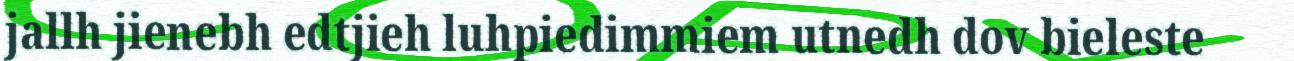
jallh jienebh edtjieh luhpiedimmiem utnedh dov bieleste